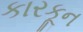
કારકૂન